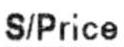
S/PRICE